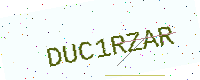
Text: DUC1RZAR